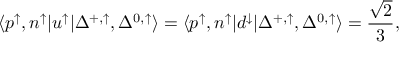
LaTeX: \langle p ^ { \uparrow } , n ^ { \uparrow } | u ^ { \uparrow } | \Delta ^ { + , \uparrow } , \Delta ^ { 0 , \uparrow } \rangle = \langle p ^ { \uparrow } , n ^ { \uparrow } | d ^ { \downarrow } | \Delta ^ { + , \uparrow } , \Delta ^ { 0 , \uparrow } \rangle = \frac { \sqrt { 2 } } { 3 } ,